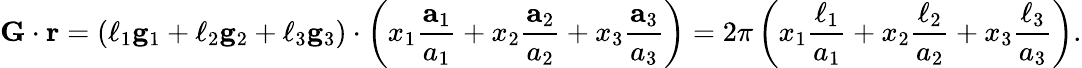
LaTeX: \mathbf{G}\cdot\mathbf{r}=\left(\ell_{1}\mathbf{g}_{1}+\ell_{2}\mathbf{g}_{2}+\ell_{3}\mathbf{g}_{3}\right)\cdot\left(x_{1}{\frac{\mathbf{a}_{1}}{a_{1}}}+x_{2}{\frac{\mathbf{a}_{2}}{a_{2}}}+x_{3}{\frac{\mathbf{a}_{3}}{a_{3}}}\right)=2\pi\left(x_{1}{\frac{\ell_{1}}{a_{1}}}+x_{2}{\frac{\ell_{2}}{a_{2}}}+x_{3}{\frac{\ell_{3}}{a_{3}}}\right).